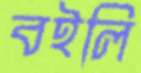
বইলি